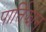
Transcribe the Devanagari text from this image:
पार्तिझान